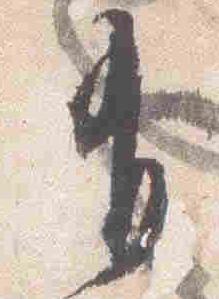
有